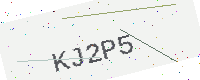
Text: KJ2P5